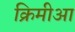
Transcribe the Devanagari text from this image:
क्रिमीआ